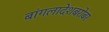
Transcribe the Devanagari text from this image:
बांगलादेशबरोबर